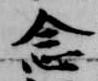
念